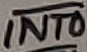
Text: INT0